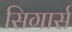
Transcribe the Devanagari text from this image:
सिगार्स